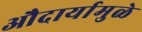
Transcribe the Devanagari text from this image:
औदार्यामुळे